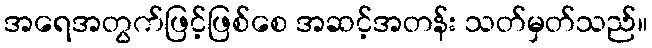
အရေအတွက်ဖြင့်ဖြစ်စေ အဆင့်အတန်း သတ်မှတ်သည်။